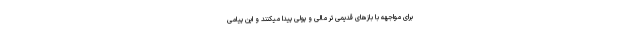
برای مواجهه با بازهای قدیمی تر مالی و پولی پیدا میکنند و این پیامی